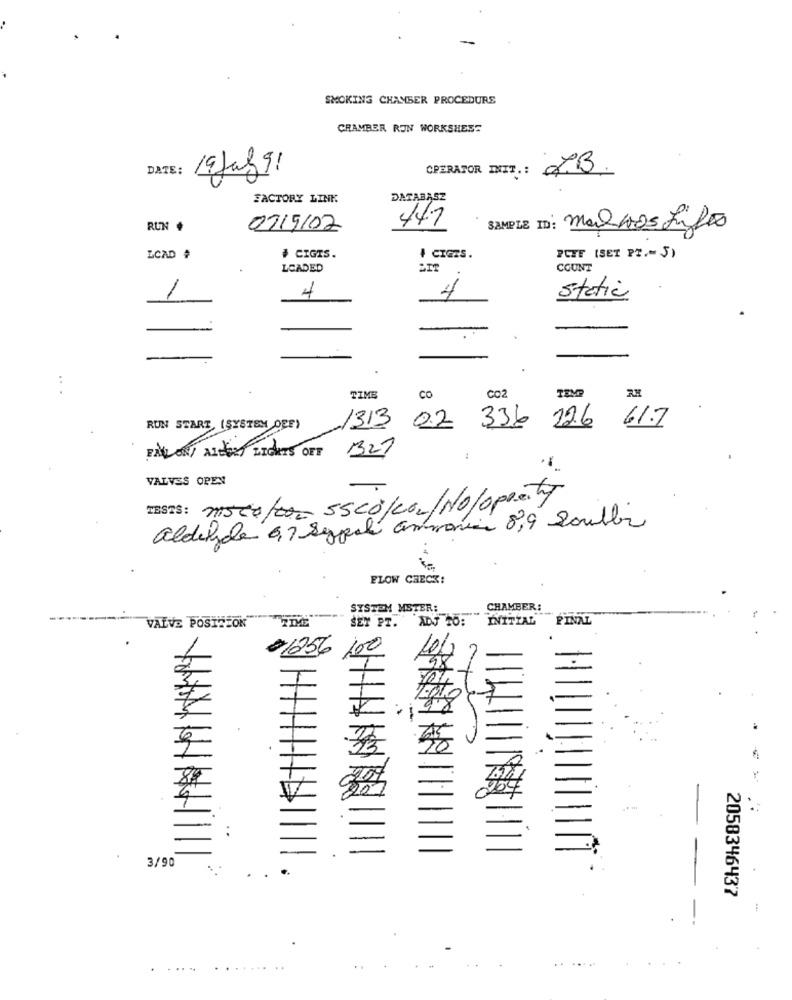
SMOKING CHAMBER PROCEDURE
CHAMBER RON WORKSHESS
DATE :
OPERATOR INIT .: PB
FACTORY LINK
DATABASZ
44.7
RUN .
07/9/02
SAMPLE ID: Maillos Litte
LCAD #
+ CIGIS.
I CIGES.
PETE (SET PT .- 5)
LOADED
COUNT
4
4
Static
...
CO
TIME
CO2
TEMP
1313
0.2
336 226 61.7
RUN START, (SYSTEM DEE)
ENLON ALthe LIGHTS OFF
327
VALVES OPEN
TESTS: miscele sscóleo/No/oppeity
aldibydle 6,7 Seppola ammonio 8,9 Double
FLOW CHECK!
SYSTEM MSTER:
CHAMBER:
TIME
SEY PT.
ADJ TO:
INITIAL
FINAL
VALVE POSIZEOK
01256 100
1012
3/90
2058346437
...
..